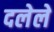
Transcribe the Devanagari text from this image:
दलेले